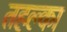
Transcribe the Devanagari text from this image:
तहल्‍का